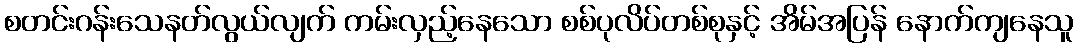
စတင်းဂန်းသေနတ်လွယ်လျက် ကမ်းလှည့်နေသော စစ်ပုလိပ်တစ်စုနှင့် အိမ်အပြန် နောက်ကျနေသူ